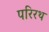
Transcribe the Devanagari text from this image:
परिरथ